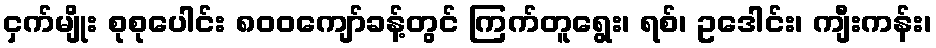
ငှက်မျိုး စုစုပေါင်း ၈၀၀ကျော်ခန့်တွင် ကြက်တူရွေး၊ ရစ်၊ ဥဒေါင်း၊ ကျီးကန်း၊